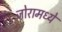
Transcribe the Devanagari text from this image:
जोरामध्ये